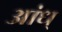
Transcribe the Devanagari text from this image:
आंध्